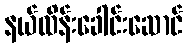
နယ်ထိန်းခေါင်းဆောင်